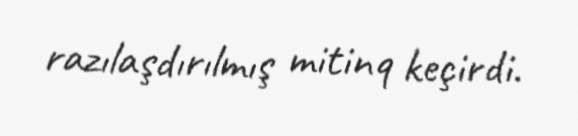
razılaşdırılmış mitinq keçirdi.